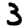
Digit: 3